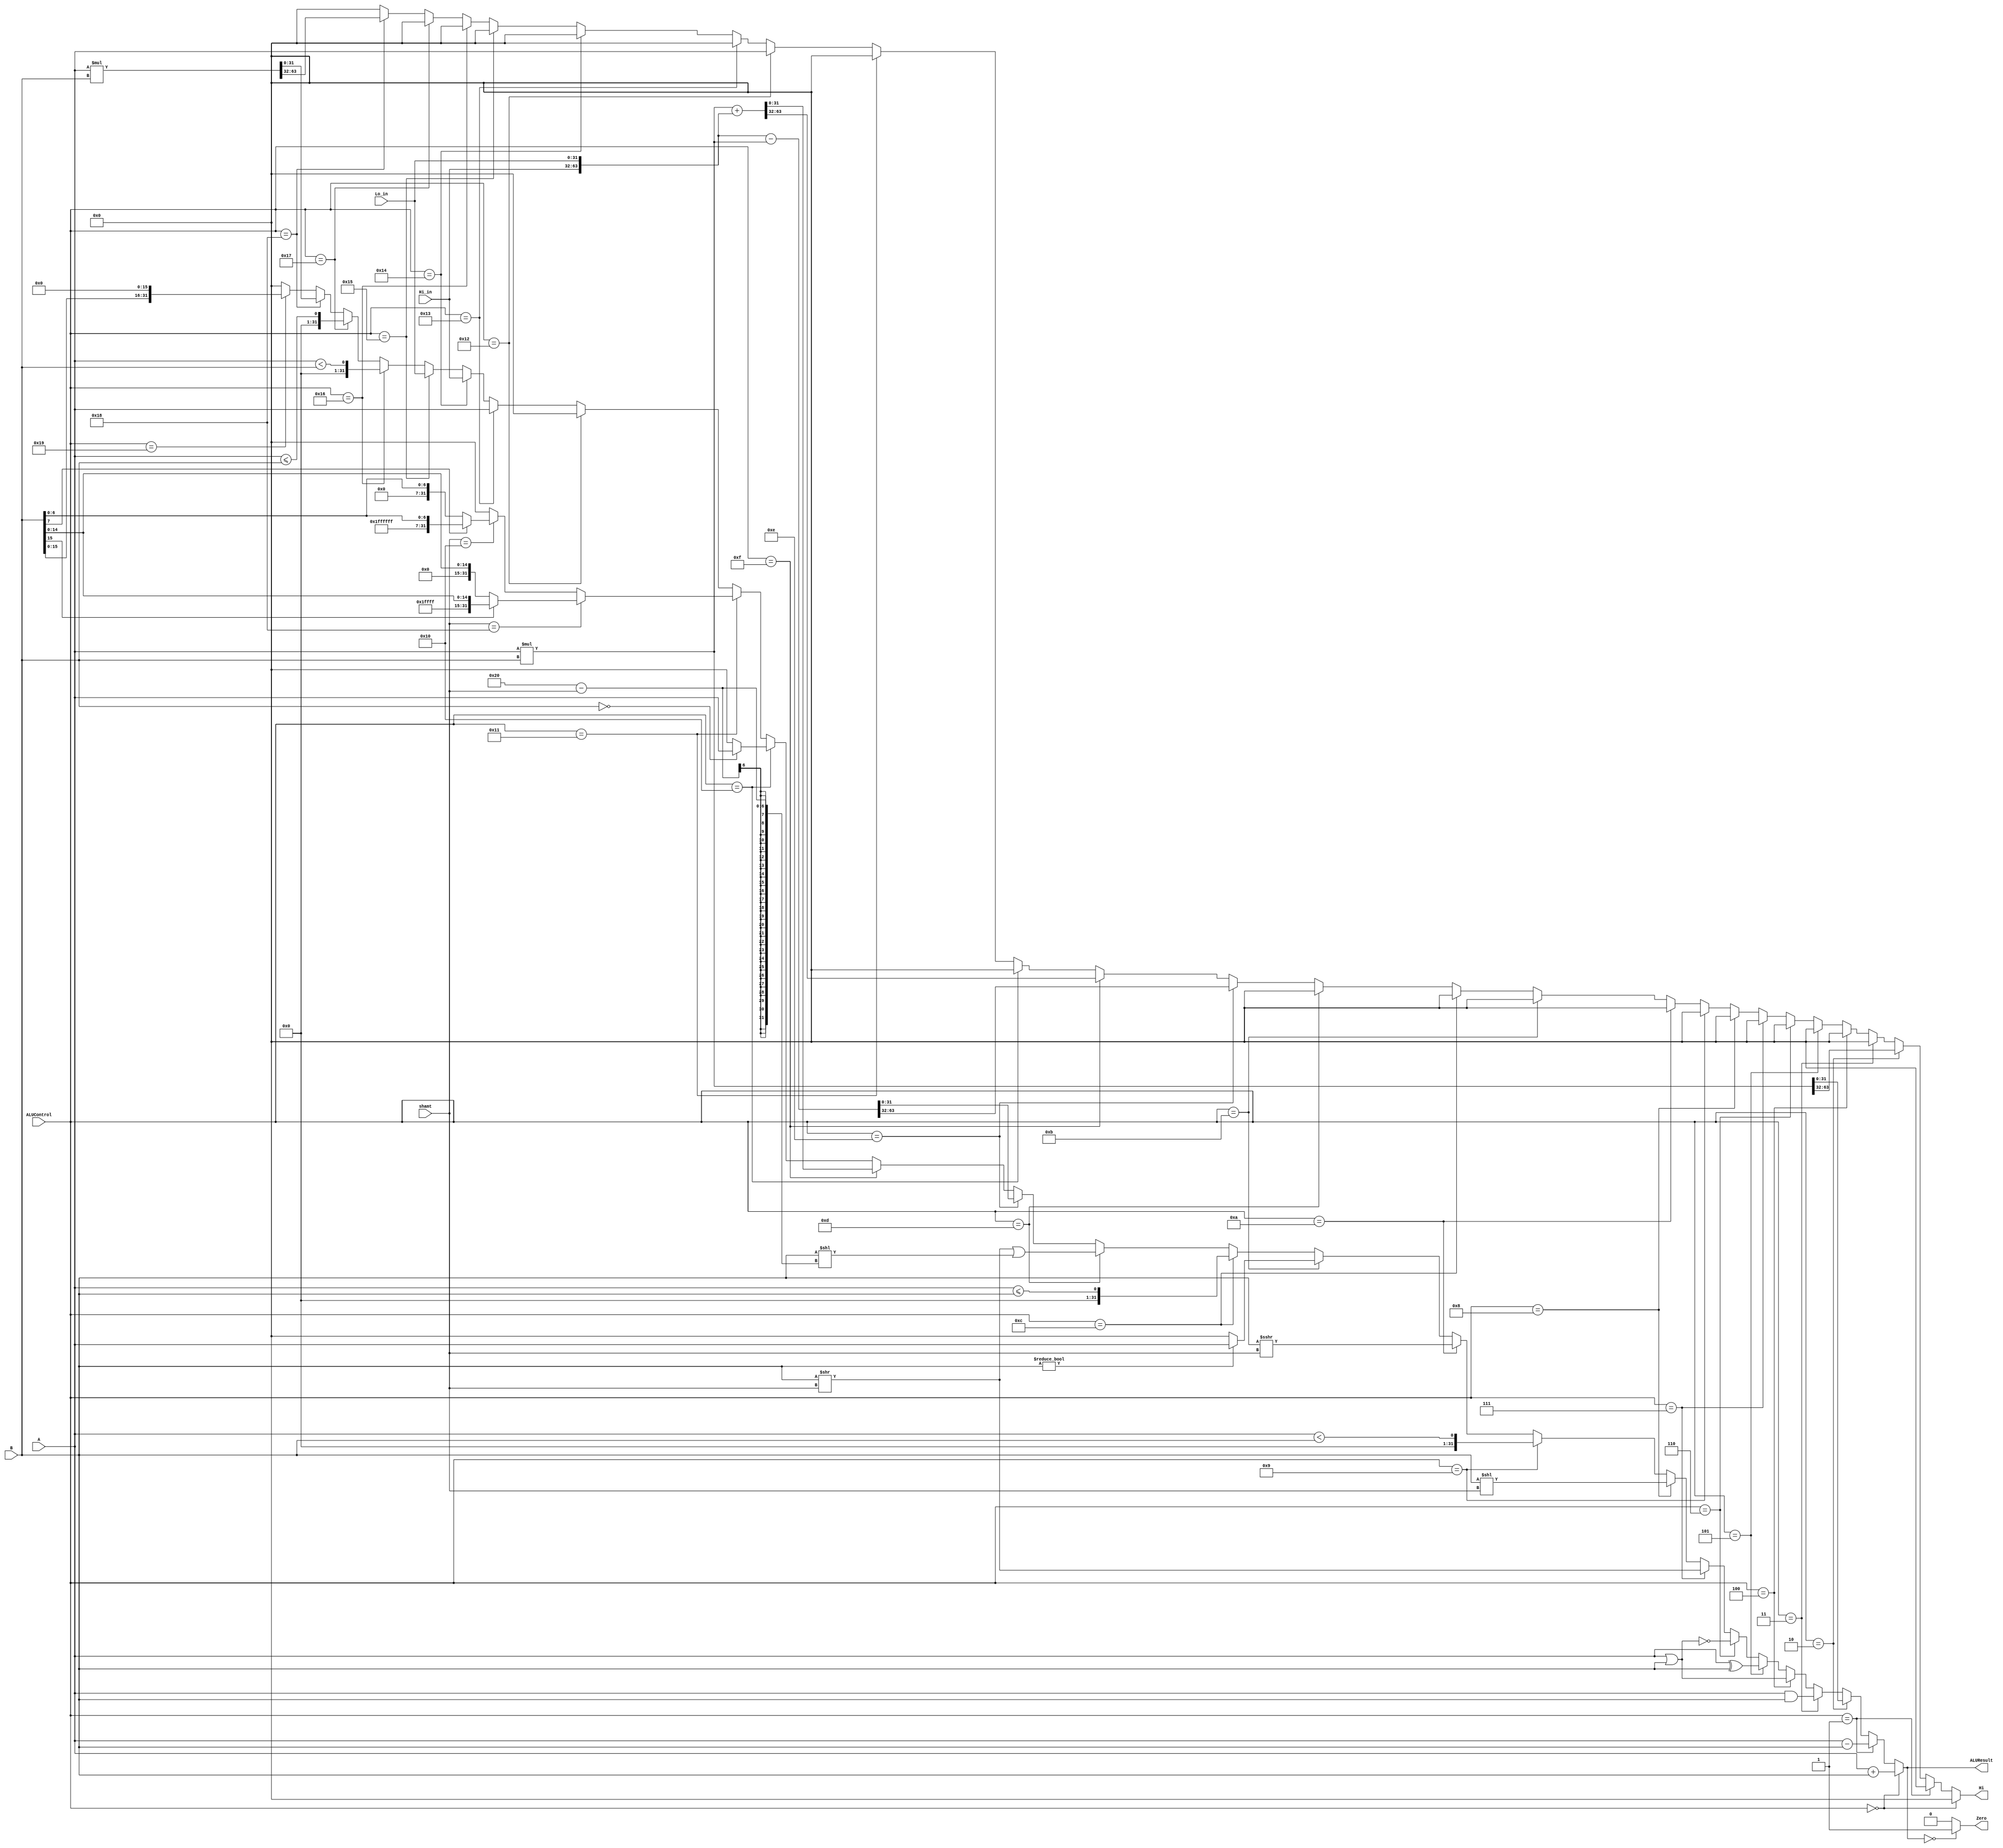
`timescale 1ns / 1ps
//Iain Donnelly , Josue Ortiz
// Effort 50-50
////////////////////////////////////////////////////////////////////////////////
// ECE369 - Computer Architecture
// 
// Module - ALU32Bit.v
// Description - 32-Bit wide arithmetic logic unit (ALU).
//
// INPUTS:-
// ALUControl: 4-Bit input control bits to select an ALU operation.
// A: 32-Bit input port A.
// B: 32-Bit input port B.
//
// OUTPUTS:-
// ALUResult: 32-Bit ALU result output.
// ZERO: 1-Bit output flag. 
//
// FUNCTIONALITY:-
// Design a 32-Bit ALU behaviorally, so that it supports addition,  subtraction,
// AND, OR, and set on less than (SLT). The 'ALUResult' will output the 
// corresponding result of the operation based on the 32-Bit inputs, 'A', and 
// 'B'. The 'Zero' flag is high when 'ALUResult' is '0'. The 'ALUControl' signal 
// should determine the function of the ALU based on the table below:-
// Op   | 'ALUControl' value
// ==========================
// ADD  | 0010
// SUB  | 0110
// AND  | 0000
// OR   | 0001
// SLT  | 0111
//
// NOTE:-
// SLT (i.e., set on less than): ALUResult is '32'h000000001' if A < B.
// 
////////////////////////////////////////////////////////////////////////////////

module ALU32Bit(ALUControl, A, B, ALUResult, Zero,shamt,Hi,Hi_in,Lo_in); //lo,offset

	input [4:0] ALUControl; // control bits for ALU operation
	input [31:0] A, B;	    // inputs
    input [4:0] shamt;
    input [31:0] Hi_in;
    input [31:0] Lo_in;
	 output reg [31:0] ALUResult;// answer
	 output reg [31:0] Hi;
	
	
	output reg Zero;	 
	reg [63:0] C;
    initial begin
    
        ALUResult <= 0;
     
	end
    always @(*) begin //might need get rid hi lo in
        //Zero <= 0;
        ALUResult = 0;
        Hi = 0;
        C = 0;
        
        if(ALUControl == 5'b00000) begin 
            ALUResult = A + B;
          
        end
        else if(ALUControl == 5'b00001) begin 
            ALUResult = A - B;
            
        end
        else if(ALUControl == 5'b00010) begin 
              C = $signed(A)*$signed(B); //why does vivado hate this?????? //inferring latch
              Hi = C[63:32]; //inferring latch
              ALUResult = C[31:0]; 
              
        end
        else if(ALUControl == 5'b00011) begin 
              ALUResult = A&B; 
             
        end
        else if(ALUControl == 5'b00100) begin 
              ALUResult = A|B;
              
        end
        else if(ALUControl == 5'b00101) begin 
              ALUResult = A^B;
               
        end
        else if(ALUControl == 5'b00110) begin 
              ALUResult = ~(A | B);
              
        end
        else if(ALUControl == 5'b00111) begin 
              ALUResult = B >> shamt;
              
        end
        else if(ALUControl == 5'b01000) begin 
               ALUResult = B  << shamt;
               
        end
        else if(ALUControl == 5'b01001) begin //unsigned
               ALUResult = ($signed(A) < $signed(B));
               //Zero <= ALUResult;
        end
        else if(ALUControl == 5'b01010) begin 
              ALUResult =  $signed(B) >>> shamt;
              
        end
        else if(ALUControl == 5'b01011) begin 
               if(B!=0) begin ALUResult = A;  end//Zero = A >= B;
             
        end
        else if(ALUControl == 5'b01100) begin 
                ALUResult = ($signed(A) <= $signed(B));
              //  Zero <= ALUResult;;
        end
        else if(ALUControl == 5'b01101) begin //rotr need to look at instructions
                 ALUResult = ((B >> shamt) | (B << (32-shamt)));
              
        end
        else if(ALUControl == 5'b01110) begin 
               C = $signed(A)*$signed(B); 
               C = {Hi_in,Lo_in} - C ;
               Hi = C[63:32];
               ALUResult = C[31:0];
              
        end
        else if(ALUControl == 5'b01111) begin //maybe need division
               C = $signed(A)*$signed(B); 
               C = C + {Hi_in,Lo_in};
               Hi = C[63:32];
               ALUResult = C[31:0];
                   
        end //need two more operations movz and seb , seh
        else if(ALUControl == 5'b10000) begin //movz
               if(B==0) begin ALUResult = A;  end
               
                    
        end
        else if(ALUControl == 5'b10001) begin //se
           if(shamt == 5'b11000) begin //seh
                if(B[15] == 0) begin ALUResult = {16'b0000000000000000,B[15:0]}; end
                else begin ALUResult = {16'b1111111111111111,B[15:0]};  end
           end
           else if(shamt == 5'b10000) begin//seb
                if(B[7] == 0) begin ALUResult = {24'b000000000000000000000000,B[7:0]}; end//might need to add zero flag statemnet under these
                else begin ALUResult = {24'b111111111111111111111111,B[7:0]};  end
           end
        end
        else if(ALUControl == 5'b10010) begin //mthi
                Hi = A;
                     
        end
        else if(ALUControl == 5'b10011) begin //mtlo //could use addition
               ALUResult = A;
                   
        end
        else if(ALUControl == 5'b10100) begin //mfhi
               ALUResult = Hi_in; 
                  
        end
        else if(ALUControl == 5'b10101) begin //mflo
               ALUResult = Lo_in; 
                   
        end
        else if(ALUControl == 5'b10110) begin //ltu
                 ALUResult = (A < B);
                                   
        end
        else if(ALUControl == 5'b10111) begin //ltequ
                ALUResult = (A <= B);
                           
        end
         else if(ALUControl == 5'b11000) begin 
                     C = A*B; 
                     Hi = C[63:32]; 
                     ALUResult = C[31:0]; 
                     
         end
         else if(ALUControl == 5'b11001) begin //lui
                    ALUResult = (B << 16);           
                    //might need to use zeros
        end
    end
    always@(*) begin 
        if(ALUResult == 0) begin Zero = 1; end
        else begin Zero = 0; end
    end

endmodule